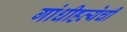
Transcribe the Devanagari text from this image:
गांधीहत्येची